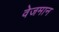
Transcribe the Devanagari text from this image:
वेजमान